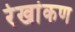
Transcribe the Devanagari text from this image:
रेखांकण